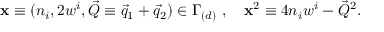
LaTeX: { \bf x } \equiv ( n _ { i } , 2 w ^ { i } , \vec { Q } \equiv \vec { q } _ { 1 } + \vec { q } _ { 2 } ) \in \Gamma _ { ( d ) } ~ , ~ ~ ~ { \bf x } ^ { 2 } \equiv 4 n _ { i } w ^ { i } - \vec { Q } ^ { 2 } .